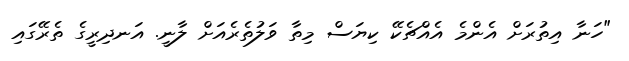
"ހަނާ އިތުރަށް އެންމެ އެއްޗެކޭ ކިޔަސް މިތާ ވަލުތެރެއަށް ލާނީ. އަނދިރީގެ ތެރޭގައި